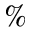
\%